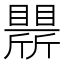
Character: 𣃒